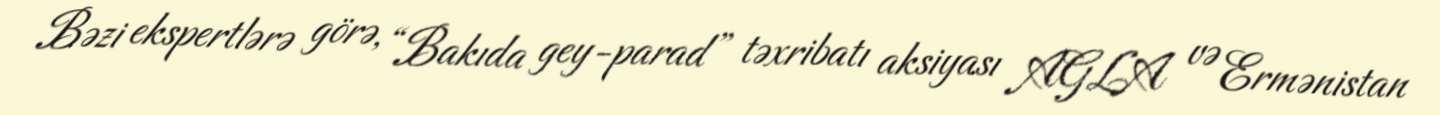
Bəzi ekspertlərə görə, “Bakıda gey-parad” təxribatı aksiyası AGLA və Ermənistan